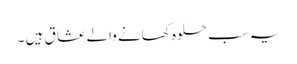
یہ سب حلوہ کھانے والے عشا ق ہیں ۔